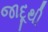
જાદૂથી